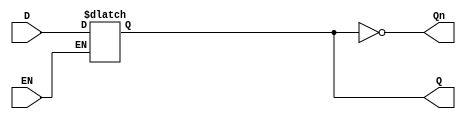
module LatchRegister (
    input wire D,        // Data Input
    input wire EN,       // Enable Signal
    output reg Q,        // Data Output
    output wire Qn       // Inverted Output
);

// Inverted Output
assign Qn = ~Q;

// Latch behavior
always @(*) begin
    if (EN) begin
        Q = D; // Capture input when EN is high
    end
    // When EN is low, Q retains its previous value
end

endmodule